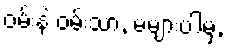
ဝမ်းနဲ ဝမ်းသာ, မများပါမှ,